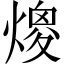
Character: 𤎑